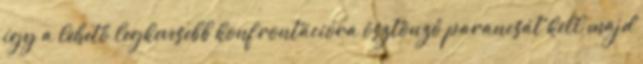
így a lehető legkevesebb konfrontációra ösztönző parancsát kell majd